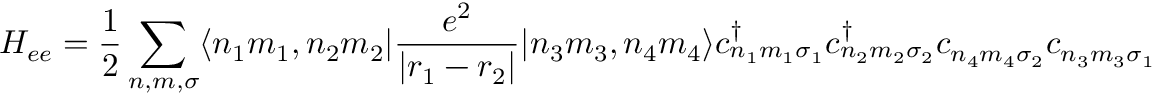
\displaystyle H _ { e e } = { \frac { 1 } { 2 } } \sum _ { n , m , \sigma } \langle n _ { 1 } m _ { 1 } , n _ { 2 } m _ { 2 } | { \frac { e ^ { 2 } } { | r _ { 1 } - r _ { 2 } | } } | n _ { 3 } m _ { 3 } , n _ { 4 } m _ { 4 } \rangle c _ { n _ { 1 } m _ { 1 } \sigma _ { 1 } } ^ { \dagger } c _ { n _ { 2 } m _ { 2 } \sigma _ { 2 } } ^ { \dagger } c _ { n _ { 4 } m _ { 4 } \sigma _ { 2 } } c _ { n _ { 3 } m _ { 3 } \sigma _ { 1 } }